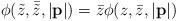
LaTeX: \begin{align*}\phi(\tilde{z},\bar{\tilde{z}},|{\bf p}|)= \bar{z}\phi(z,\bar{z},|{\bf p}|)\end{align*}